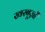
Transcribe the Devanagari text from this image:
खरबूज़ों